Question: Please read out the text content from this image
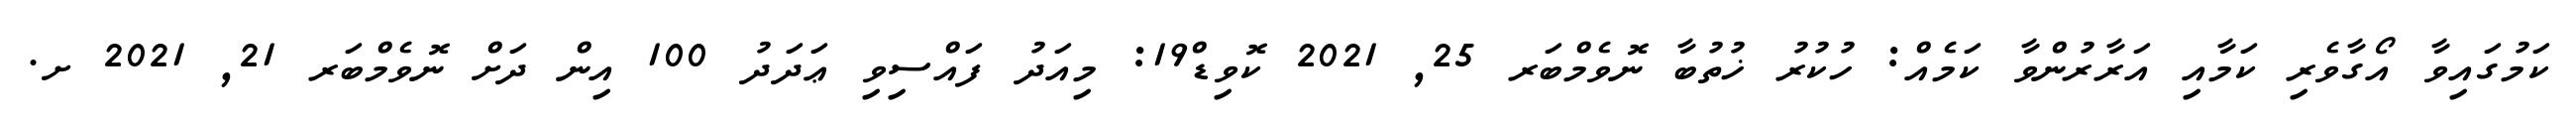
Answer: ކަމުގައިވާ އޯގާވެރި ކަމާއި އަރާރުންވާ ކަމެއް: ހުކުރު ޚުތުބާ ނޮވެމްބަރ 25, 2021 ކޮވިޑް19: މިއަދު ފައްސިވި ޢަދަދު 100 އިން ދަށް ނޮވެމްބަރ 21, 2021 ށ.